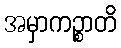
အမှာကဉ္စာတိ